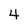
Character: 4